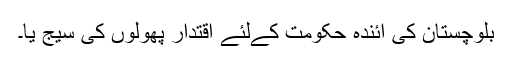
بلوچستان کی آئندہ حکومت کےلئے اقتدار پھولوں کی سیج یا۔